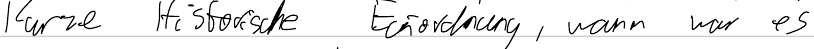
Kurze Historische Einordnung, wann war es